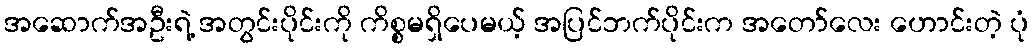
အဆောက်အဦးရဲ့ အတွင်းပိုင်းကို ကိစ္စမရှိပေမယ့် အပြင်ဘက်ပိုင်းက အတော်လေး ဟောင်းတဲ့ ပုံ